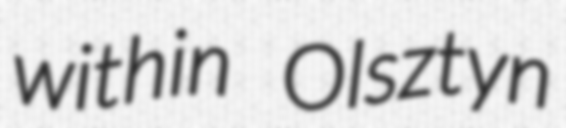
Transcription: within Olsztyn